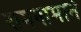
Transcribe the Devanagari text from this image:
रामनामाने